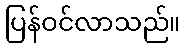
ပြန်ဝင်လာသည်။